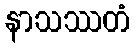
နာသဿတံ